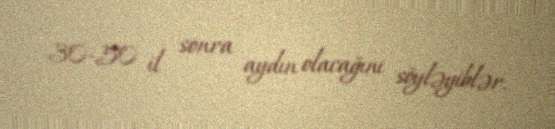
30-50 il sonra aydın olacağını söyləyiblər.